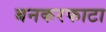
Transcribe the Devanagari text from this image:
बनकरफाटा